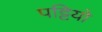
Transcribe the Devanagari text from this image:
पट्टियो